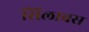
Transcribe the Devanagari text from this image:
सिलाबस